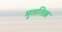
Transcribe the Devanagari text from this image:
मुतलिक़